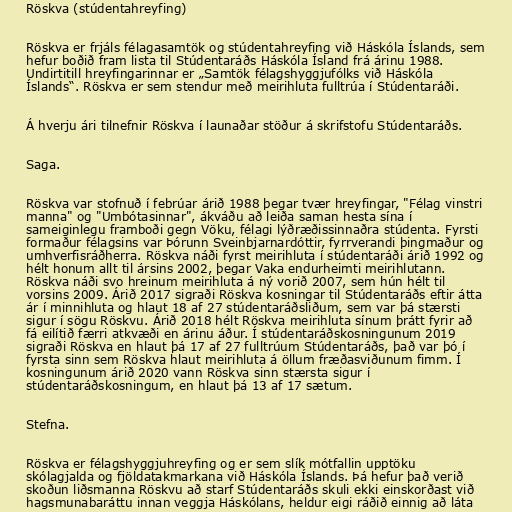
Röskva (stúdentahreyfing)

Röskva er frjáls félagasamtök og stúdentahreyfing við Háskóla Íslands, sem
hefur boðið fram lista til Stúdentaráðs Háskóla Ísland frá árinu 1988.
Undirtitill hreyfingarinnar er „Samtök félagshyggjufólks við Háskóla
Íslands“. Röskva er sem stendur með meirihluta fulltrúa í Stúdentaráði.

Á hverju ári tilnefnir Röskva í launaðar stöður á skrifstofu Stúdentaráðs.

Saga.

Röskva var stofnuð í febrúar árið 1988 þegar tvær hreyfingar, "Félag vinstri
manna" og "Umbótasinnar", ákváðu að leiða saman hesta sína í
sameiginlegu framboði gegn Vöku, félagi lýðræðissinnaðra stúdenta. Fyrsti
formaður félagsins var Þórunn Sveinbjarnardóttir, fyrrverandi þingmaður og
umhverfisráðherra. Röskva náði fyrst meirihluta í stúdentaráði árið 1992 og
hélt honum allt til ársins 2002, þegar Vaka endurheimti meirihlutann.
Röskva náði svo hreinum meirihluta á ný vorið 2007, sem hún hélt til
vorsins 2009. Árið 2017 sigraði Röskva kosningar til Stúdentaráðs eftir átta
ár í minnihluta og hlaut 18 af 27 stúdentaráðsliðum, sem var þá stærsti
sigur í sögu Röskvu. Árið 2018 hélt Röskva meirihluta sínum þrátt fyrir að
fá eilítið færri atkvæði en árinu áður. Í stúdentaráðskosningunum 2019
sigraði Röskva en hlaut þá 17 af 27 fulltrúum Stúdentaráðs, það var þó í
fyrsta sinn sem Röskva hlaut meirihluta á öllum fræðasviðunum fimm. Í
kosningunum árið 2020 vann Röskva sinn stærsta sigur í
stúdentaráðskosningum, en hlaut þá 13 af 17 sætum.

Stefna.

Röskva er félagshyggjuhreyfing og er sem slík mótfallin upptöku
skólagjalda og fjöldatakmarkana við Háskóla Íslands. Þá hefur það verið
skoðun liðsmanna Röskvu að starf Stúdentaráðs skuli ekki einskorðast við
hagsmunabaráttu innan veggja Háskólans, heldur eigi ráðið einnig að láta